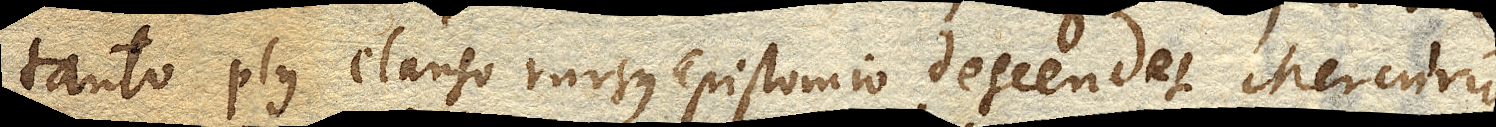
tanto plus clauso rursus Epistomio descendet Mercurius,